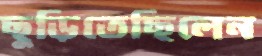
ছুড়িতেছিলেন